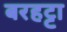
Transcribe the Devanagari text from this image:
बरहट्टा